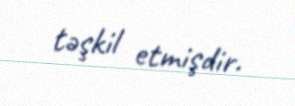
təşkil etmişdir.